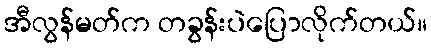
အီလွန်မတ်က တခွန်းပဲပြောလိုက်တယ်။